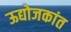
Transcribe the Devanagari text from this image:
ऊद्योजकांत